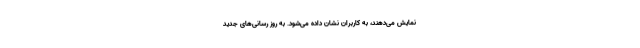
نمایش می‌دهند، به کاربران نشان داده می‌شود. به روز رسانی‌های جدید